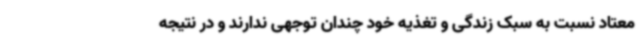
معتاد نسبت به سبک زندگی و تغذیه خود چندان توجهی ندارند و در نتیجه